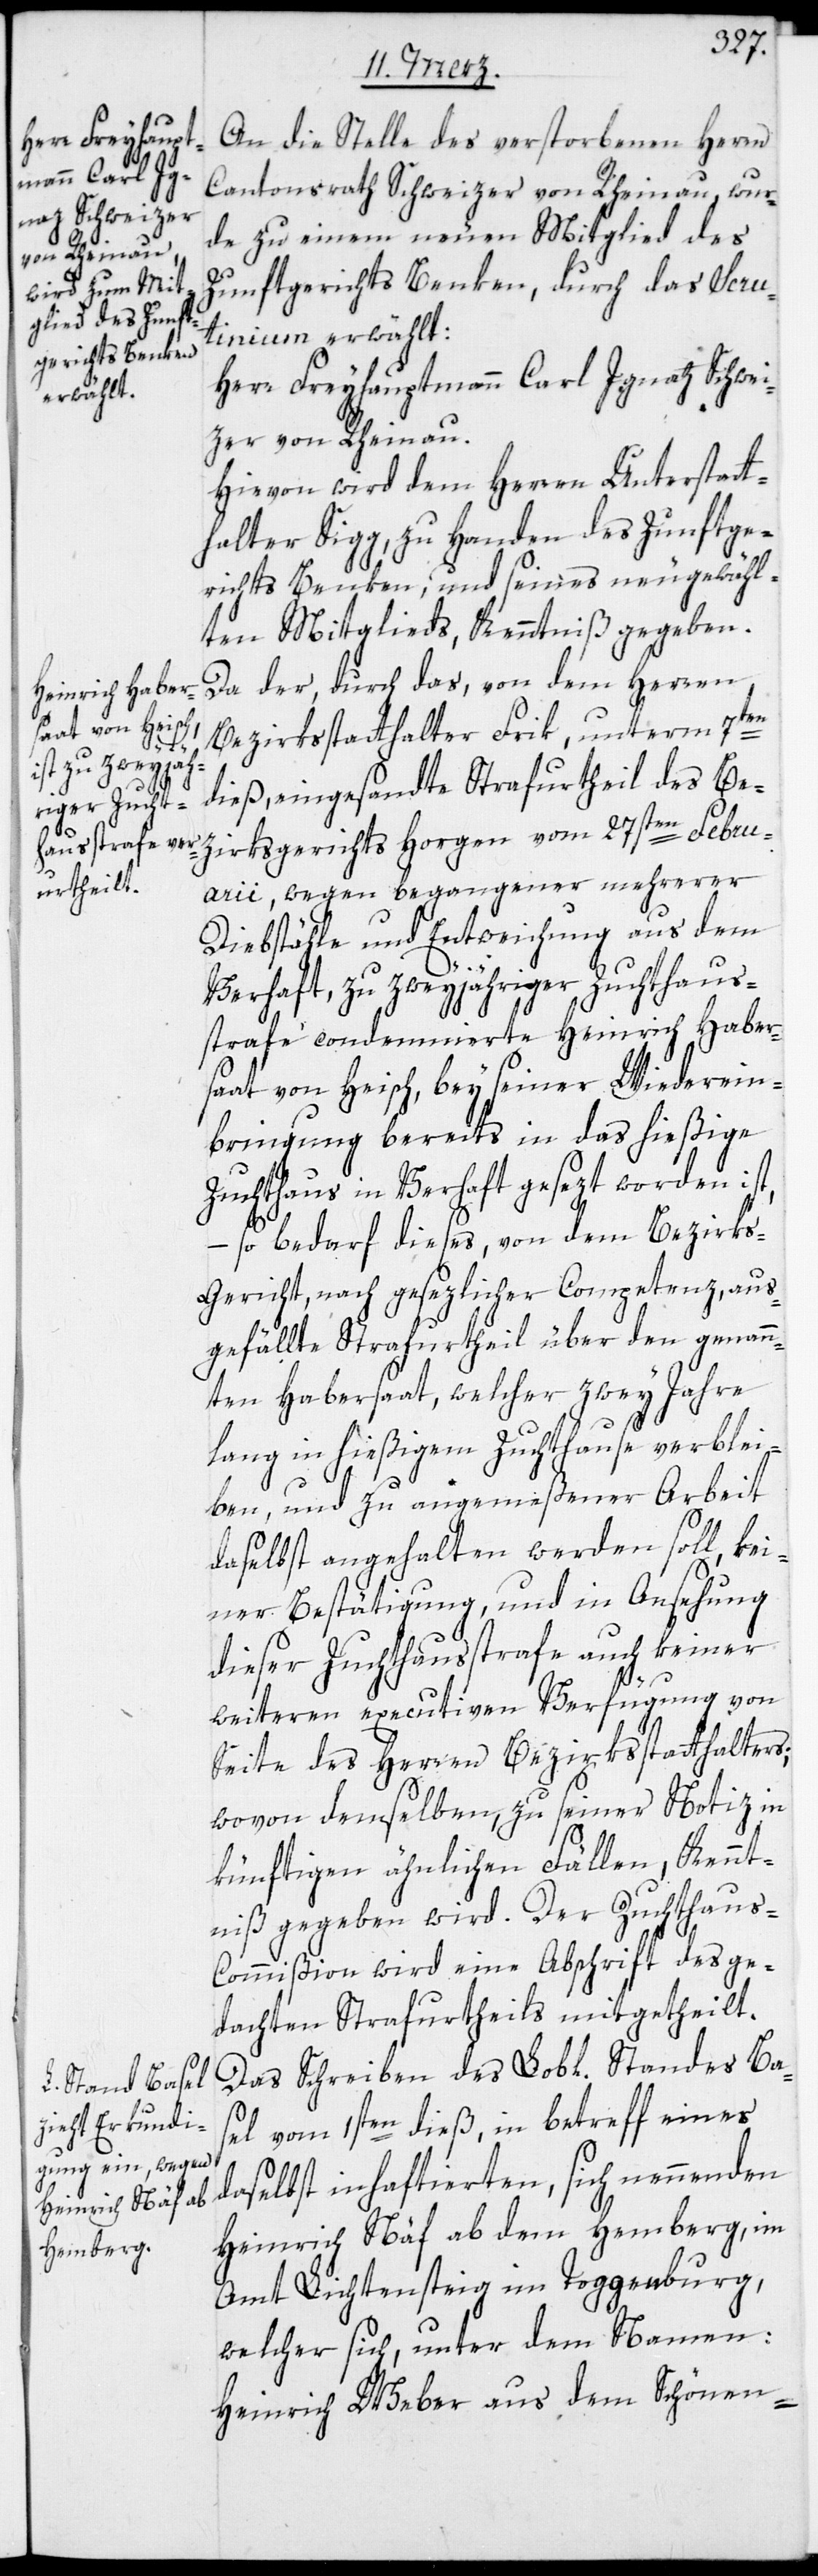
An die Stelle des verstorbenen Herrn
Cantonsrath Schweizer von Rheinau, wur¬
de zu einem neuen Mitglied des
Zunftgerichts Benken, durch das Scruti¬
nium erwählt:
Herr Freyhauptmann Carl Ignatz Schwei¬
zer von Rheinau.
Hievon wird dem Herren Unterstatt¬
halter Sigg, zu Handen des Zunftge¬
richts Benken, und seines neugewähl¬
ten Mitglieds, Kenntniß gegeben.
Da der, durch das, von dem Herren
Bezirksstatthalter Frik, unterm 7ten
dieß, eingesandte Strafurtheil des Be¬
zirksgerichts Horgen vom 27sten Febru¬
arii, wegen begangener mehrerer
Diebstähle und Entweichung aus dem
Verhaft, zu zweyjähriger Zuchthaus¬
strafe condemnierten Heinrich Haber¬
saat von Heisch, bey seiner Wiederein¬
bringung bereits in das hießige
Zuchthaus in Verhaft gesezt worden ist,
– so bedarf dieses, von dem Bezirks¬
gericht, nach gesezlicher Competenz, aus¬
gefällte Strafurtheil über den genan¬
nten Habersaat, welcher zwey Jahre
lang in hießigem Zuchthause verblei¬
ben, und zu angemeßener Arbeit
daselbst angehalten werden soll, kei¬
ner Bestätigung und in Ansehung
dieser Zuchthausstrafe auch keiner
weiteren executiven Verfügung von
Seite des Herren Bezirksstatthalters;
wovon denselben zu seiner Notiz in
künftigen ähnlichen Fällen, Kennt¬
niß gegeben wird. Der Zuchthau¬
s-Commißion wird eine Abschrift des ge¬
dachten Strafurtheils mitgetheilt.
Das Schreiben des Lobl. Standes Ba¬
sel vom 1sten dieß, in betreff eines,
daselbst inhaftierten, sich nennenden
Heinrich Näf ab dem Hemberg, im
Amt Lichtensteig im Toggenburg,
welcher sich, unter dem Namen:
Heinrich Weber aus dem Schönen-